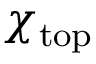
\chi _ { \mathrm { t o p } }